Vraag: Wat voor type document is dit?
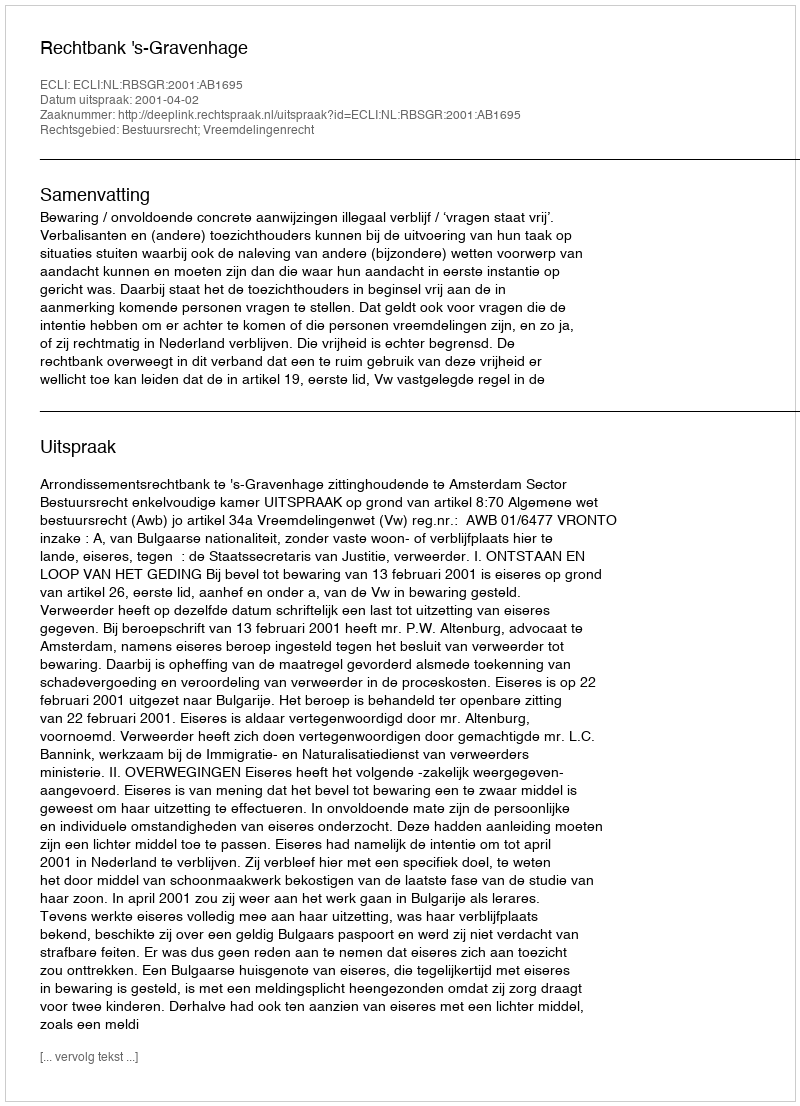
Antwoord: Uitspraak